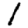
Digit: 1